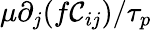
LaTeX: \mu\partial_{j}(f\mathcal{C}_{ij})/\tau_{p}